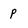
Character: p